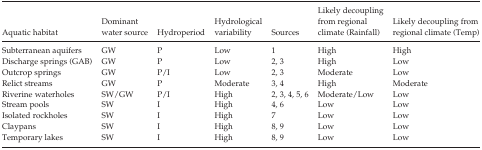
| Aquatic habitat | Dominant water source | Hydroperiod | Hydrological variability | Sources | Likely decoupling from regional climate (Rainfall) | Likely decoupling from regional climate (Temp) |
 | --- | --- | --- | --- | --- | --- | --- |
 | Subterranean aquifers | GW | P | Low | 1 | High | High |
 | Discharge springs (GAB) | GW | P | Low | 2, 3 | High | Low |
 | Outcrop springs | GW | P/I | Low | 2, 3 | Moderate | Low |
 | Relict streams | GW | P | Moderate | 3, 4 | High | Moderate |
 | Riverine waterholes | SW/GW | P/I | High | 2, 3, 4, 5, 6 | Moderate/Low | Low |
 | Stream pools | SW | I | High | 4, 6 | Low | Low |
 | Isolated rockholes | SW | I | High | 7 | Low | Low |
 | Claypans | SW | I | High | 8, 9 | Low | Low |
 | Temporary lakes | SW | I | High | 8, 9 | Low | Low |